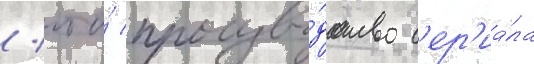
/ что́ произво́дство с'ер'иа́ла